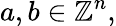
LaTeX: a,b\in\mathbb{Z}^{n},